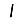
Digit: 1